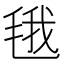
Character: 𮳂